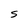
Character: S